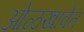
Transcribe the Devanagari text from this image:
ओळखावेत